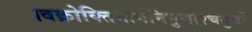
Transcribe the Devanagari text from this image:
।वक्रोक्तिमार्गनिपुणाश्चतुर्थों